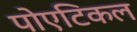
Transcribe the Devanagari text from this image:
पोएटिकल